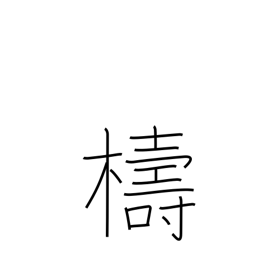
Meaning: ignorant